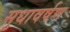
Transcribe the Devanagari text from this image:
सुधावर्षण